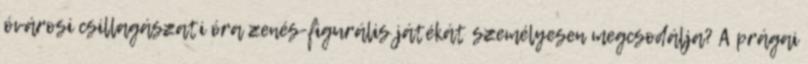
óvárosi csillagászati óra zenés-figurális játékát személyesen megcsodálja? A prágai